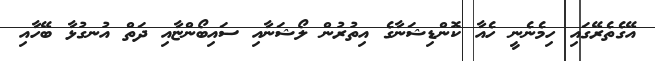
އޭގެތެރޭގައި ހިމެނެނީ ހެއާ ކޮންޑިޝަނާގެ އިތުރުން ލޯޝަނާއި ސައިބޯންޏާއި ދަތް އުނގުޅާ ބޭހާއި